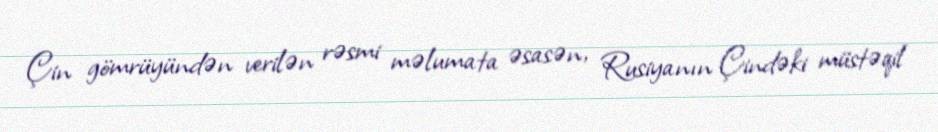
Çin gömrüyündən verilən rəsmi məlumata əsasən, Rusiyanın Çindəki müstəqil